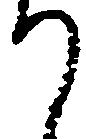
て